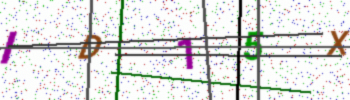
Text: ID15X